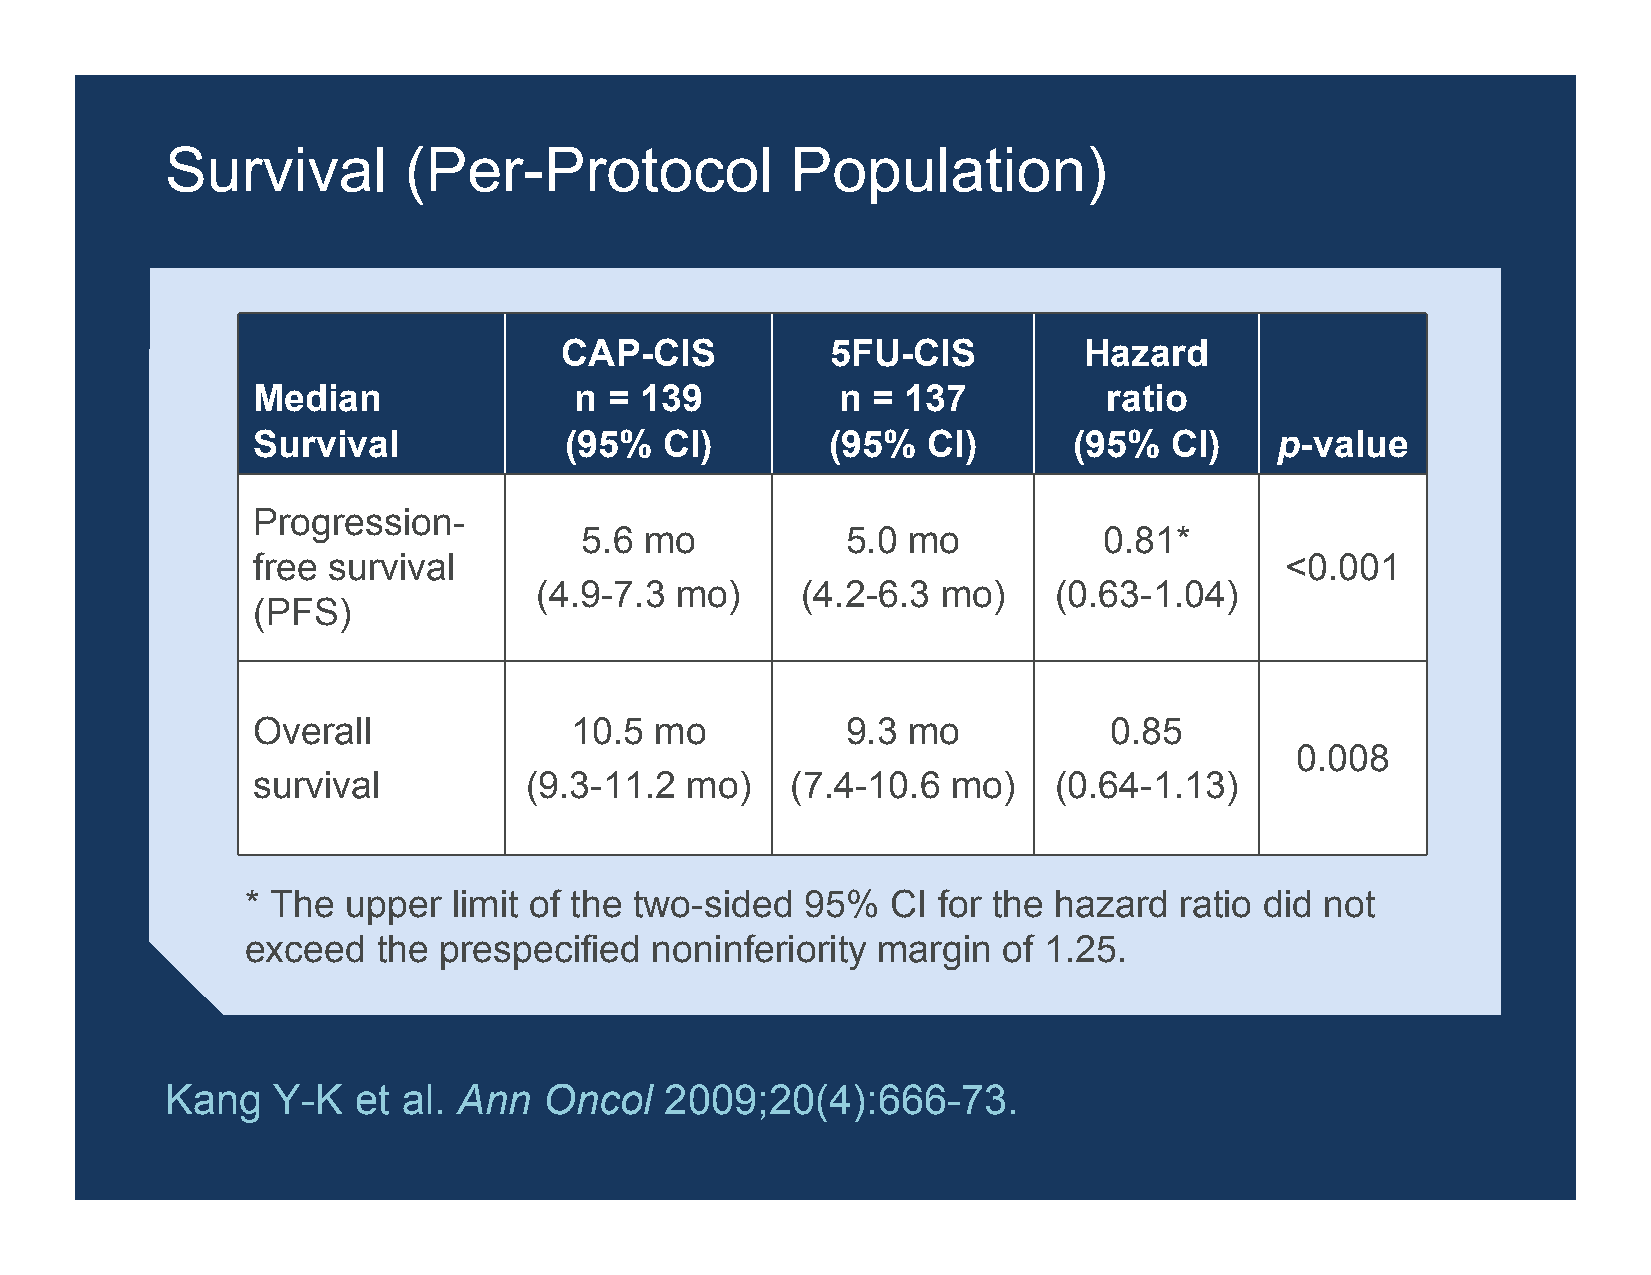
Survival        (Per-Protocol            Population)
 CAP-CIS           5FU-CIS          Hazard
 Median               n = 139           n = 137          ratio
 Survival            (95%   CI)        (95%  CI)       (95%  CI)     p-value
 Progression-
 5.6  mo           5.0 mo           0.81*
 free survival                                                       <0.001
 (4.9-7.3  mo)     (4.2-6.3 mo)     (0.63-1.04)
 (PFS)
 Overall              10.5 mo           9.3 mo           0.85
 0.008
 survival          (9.3-11.2 mo)    (7.4-10.6  mo)    (0.64-1.13)
 * The  upper  limit of the two-sided 95%   CI for the hazard  ratio did not
 exceed   the prespecified  noninferiority margin  of 1.25.
 Kang   Y-K   et al. Ann  Oncol   2009;20(4):666-73.